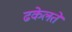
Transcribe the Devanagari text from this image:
ढकेलते